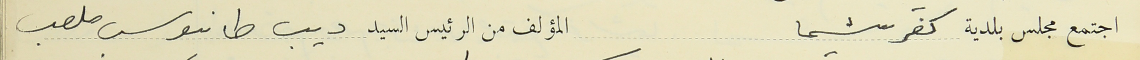
اجتمع مجلس بلدية كفرشيما المؤلف من الرئيس السيد ديب طانيوس ملعب